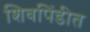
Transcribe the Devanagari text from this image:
शिवपिंडीत